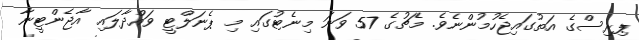
ޕިރިސްގެ އަތުގައިޖެހުމުންނެވެ. މެޗުގެ 57 ވަނަ މިނެޓުގައި މި ޕެނަލްޓީ ވައްދާލައި އާޖެންޓީނާ